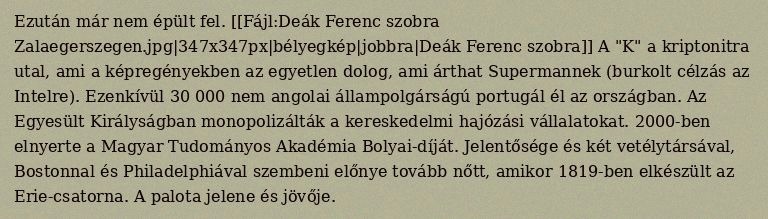
Ezután már nem épült fel. [[Fájl:Deák Ferenc szobra Zalaegerszegen.jpg|347x347px|bélyegkép|jobbra|Deák Ferenc szobra]] A "K" a kriptonitra utal, ami a képregényekben az egyetlen dolog, ami árthat Supermannek (burkolt célzás az Intelre). Ezenkívül 30 000 nem angolai állampolgárságú portugál él az országban. Az Egyesült Királyságban monopolizálták a kereskedelmi hajózási vállalatokat. 2000-ben elnyerte a Magyar Tudományos Akadémia Bolyai-díját. Jelentősége és két vetélytársával, Bostonnal és Philadelphiával szembeni előnye tovább nőtt, amikor 1819-ben elkészült az Erie-csatorna. A palota jelene és jövője.